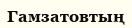
Гамзатовтың